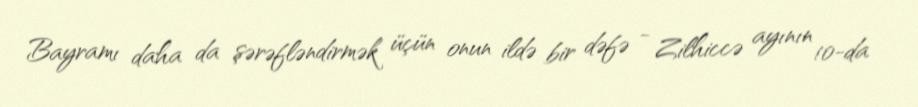
Bayramı daha da şərəfləndirmək üçün onun ildə bir dəfə - Zilhiccə ayının 10-da